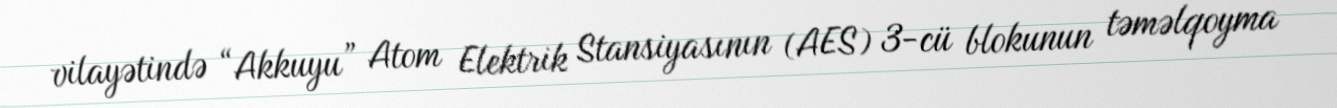
vilayətində “Akkuyu” Atom Elektrik Stansiyasının (AES) 3-cü blokunun təməlqoyma